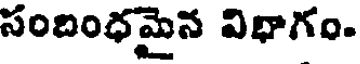
సందింధమైన విభాగం.